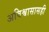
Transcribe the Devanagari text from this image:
अविश्वासासही